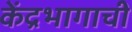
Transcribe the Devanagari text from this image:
केंद्रभागाची